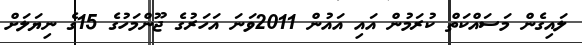
ލައިގެން މަސައްކަތް ކުރަމުން އައި އައުން 2011ވަނަ އަހަރުގެ ޖޫންމަހުގެ 15ގެ ނިޔަލަށް